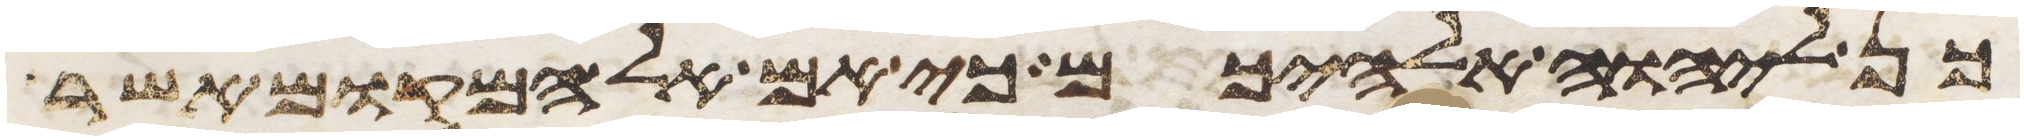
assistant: כן ליהוה אלהיכם כי אם אל המקום אשר